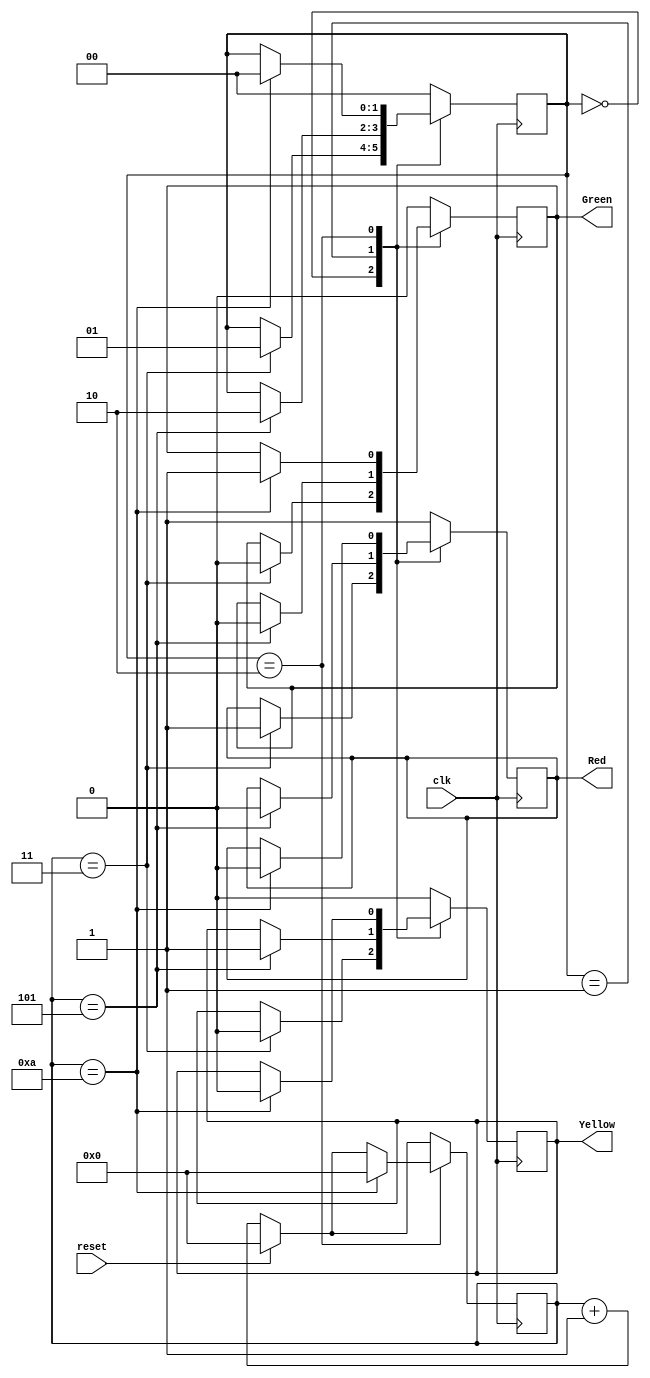
module Traffic_Light_Controller(clk,reset,Red,Yellow,Green);
input clk,reset;
output reg Red,Yellow,Green;
reg [3:0]count;
reg [1:0]ps;
parameter [1:0] s0=2'b00,s1=2'b01,s2=2'b10;

always@(posedge clk)
begin
if(reset)
count<=4'b0000;
else 
count<=count+1;
case(ps)
s0:if(count==3)
   begin 
	ps<=s1;
	{Red,Yellow,Green}<=3'b100;
	end
s1:if(count==5) 
   begin
	ps<=s2;
	{Red,Yellow,Green}<=3'b010;
	end
s2:if(count==10) 
   begin 
	ps<=s0;
	count<=4'b0000;
	{Red,Yellow,Green}<=3'b001;
	end
default:begin
        {Red,Yellow,Green}<=3'b100;
		  ps<=s0;
		  end
endcase
end
endmodule